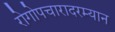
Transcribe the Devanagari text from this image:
रोगोपचारादरम्यान